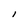
Character: I